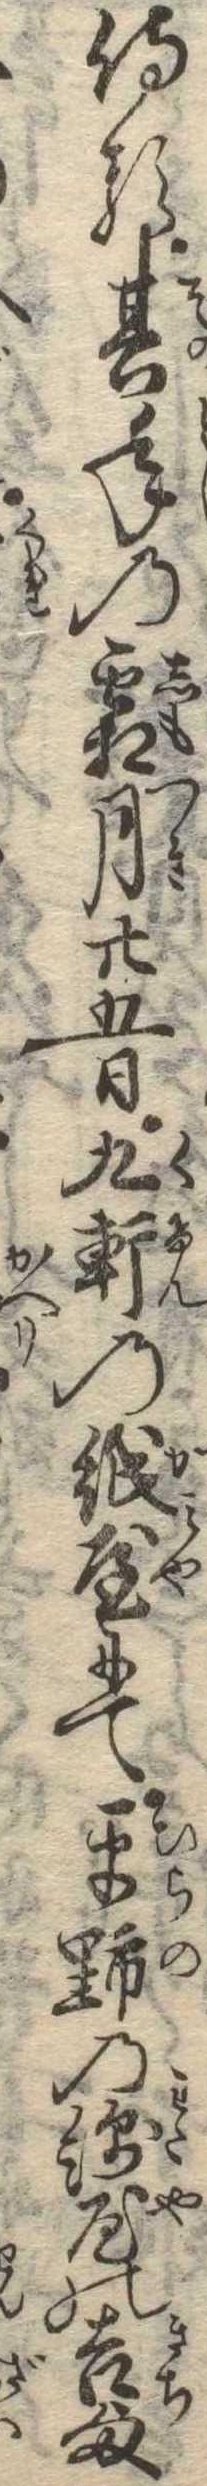
侍る其年の霜月廿五日九軒の紙屋にて平野の綿屋の吉様